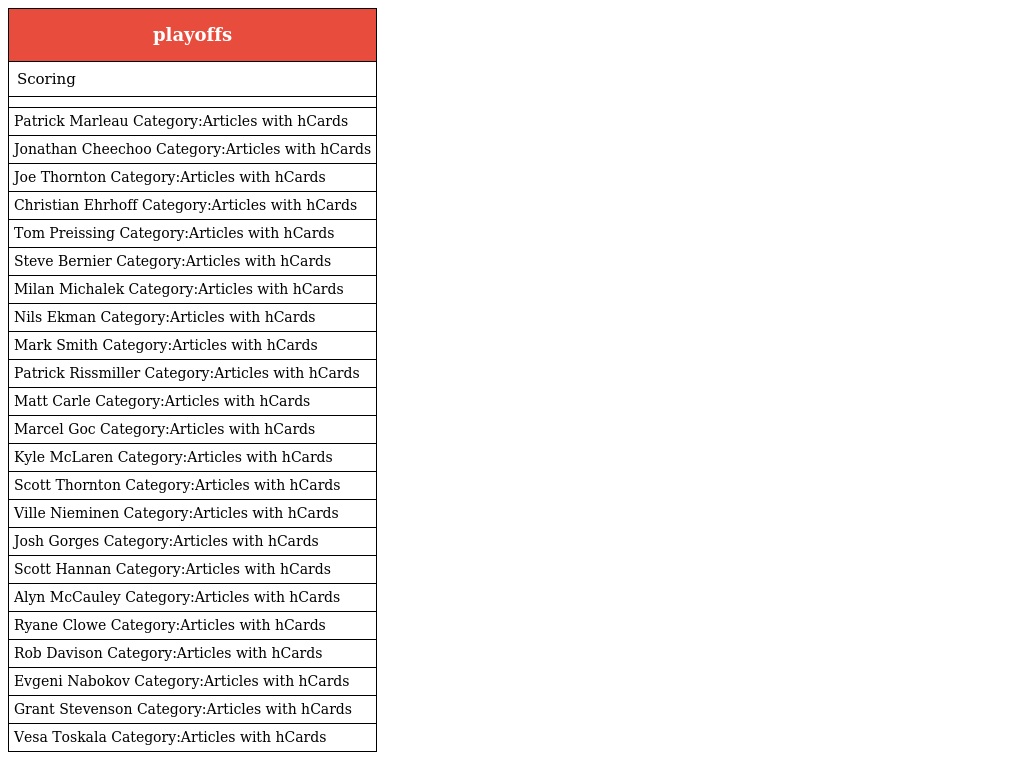
| playoffs |
 | --- |
 | Scoring |
 |  |
 | Patrick Marleau Category:Articles with hCards |
 | Jonathan Cheechoo Category:Articles with hCards |
 | Joe Thornton Category:Articles with hCards |
 | Christian Ehrhoff Category:Articles with hCards |
 | Tom Preissing Category:Articles with hCards |
 | Steve Bernier Category:Articles with hCards |
 | Milan Michalek Category:Articles with hCards |
 | Nils Ekman Category:Articles with hCards |
 | Mark Smith Category:Articles with hCards |
 | Patrick Rissmiller Category:Articles with hCards |
 | Matt Carle Category:Articles with hCards |
 | Marcel Goc Category:Articles with hCards |
 | Kyle McLaren Category:Articles with hCards |
 | Scott Thornton Category:Articles with hCards |
 | Ville Nieminen Category:Articles with hCards |
 | Josh Gorges Category:Articles with hCards |
 | Scott Hannan Category:Articles with hCards |
 | Alyn McCauley Category:Articles with hCards |
 | Ryane Clowe Category:Articles with hCards |
 | Rob Davison Category:Articles with hCards |
 | Evgeni Nabokov Category:Articles with hCards |
 | Grant Stevenson Category:Articles with hCards |
 | Vesa Toskala Category:Articles with hCards |